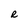
Character: e